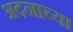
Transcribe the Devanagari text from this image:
अदनाच्या